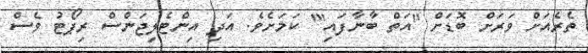
ތެރެއަށް ވަރަށް ބޮޑަށް "އަތް ބާނާފައި"' ކަމަށެވެ. އަދި އިންޓެލިޖަންސް ރިޕޯޓު ވެސް